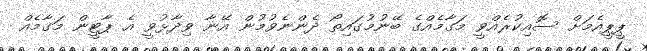
ޕީޕީއެމަށް ސޮއިކުރެއްވީ މަގާމެއްގެ ބޭނުމުގައިތޯ ދެންނެވުމުން އޭނާ ވިދާޅުވީ އެ ޕާޓީން މަގާމެއް